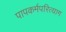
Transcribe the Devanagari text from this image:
पापकर्मपरित्याग